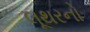
લૂથરનો